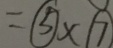
= \textcircled { 5 } \times \textcircled { 7 }